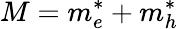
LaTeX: M=m_{e}^{*}+m_{h}^{*}